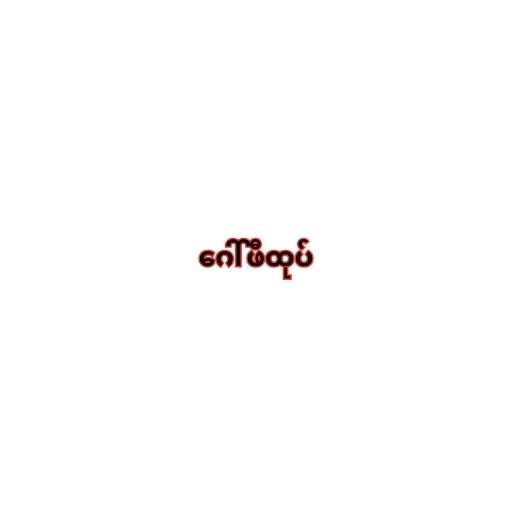
ဂေါ်ဖီထုပ်